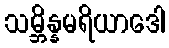
သမ္ဘိန္နမရိယာဒေါ